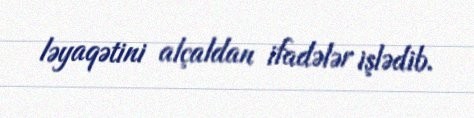
ləyaqətini alçaldan ifadələr işlədib.